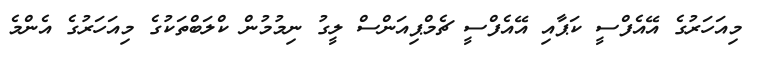
މިއަހަރުގެ އޭއެފްސީ ކަޕާއި އޭއެފްސީ ޗެމްޕިއަންސް ލީގު ނިމުމުން ކްލަބްތަކުގެ މިއަހަރުގެ އެންމެ